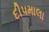
દીપમાલા